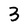
Character: 3